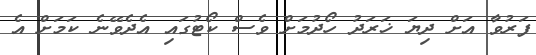
ފަރުވާ އަށް ދިޔަ ޚަރަދު ހޯދުމަށް ވެސް ކޯޓުގައި އެދެވޭނެ ކަމަށް އެ